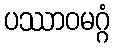
ပဿာဝမဂ္ဂံ